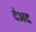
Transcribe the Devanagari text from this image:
देअद